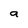
Character: a